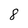
Character: 8